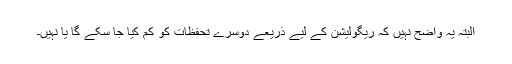
البتہ یہ واضح نہیں کہ ریگولیشن کے لیے ذریعے دوسرے تحفظات کو کم کیا جا سکے گا یا نہیں۔